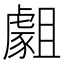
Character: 𧇿